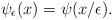
LaTeX: \begin{align*} \psi_\epsilon (x) = \psi (x / \epsilon) .\end{align*}